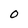
Character: 0